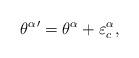
LaTeX: \begin{align*} {\theta^{\alpha}}{}^{\prime}={\theta^{\alpha}}+\varepsilon^{\alpha}_{c},\end{align*}